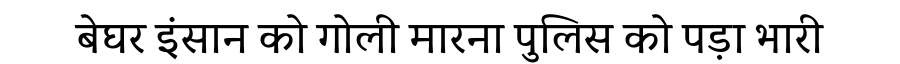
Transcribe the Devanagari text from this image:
बेघर इंसान को गोली मारना पुलिस को पड़ा भारी